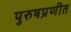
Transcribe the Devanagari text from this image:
पुरुषप्रणीत